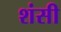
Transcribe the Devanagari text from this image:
शंसी